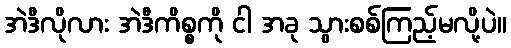
အဲဒီလိုလား အဲဒီကိစ္စကို ငါ အခု သွားစစ်ကြည့်မလို့ပဲ။